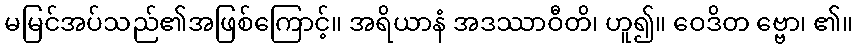
မမြင်အပ်သည်၏အဖြစ်ကြောင့်။ အရိယာနံ အဒဿာဝီတိ၊ ဟူ၍။ ဝေဒိတ ဗ္ဗော၊ ၏။